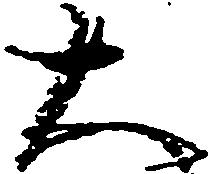
大